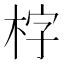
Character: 𣑑